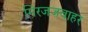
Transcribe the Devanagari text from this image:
मिरजजवाहर